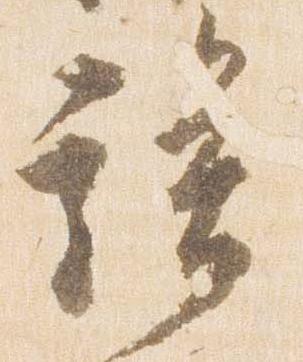
族